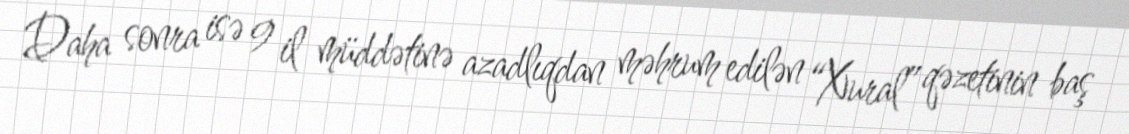
Daha sonra isə 9 il müddətinə azadlıqdan məhrum edilən “Xural” qəzetinin baş